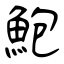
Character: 鮑